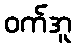
ဝက်အူ